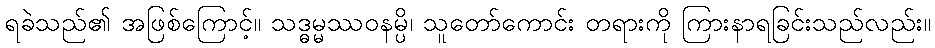
ရခဲသည်၏ အဖြစ်ကြောင့်။ သဒ္ဓမ္မဿဝနမ္ပိ၊ သူတော်ကောင်း တရားကို ကြားနာရခြင်းသည်လည်း။